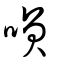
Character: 笑